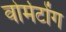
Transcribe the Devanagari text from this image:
वोर्मटोंग